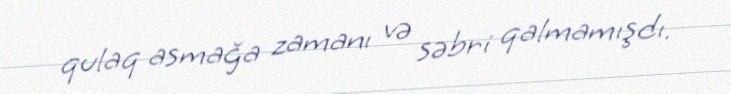
qulaq asmağa zamanı və səbri qalmamışdı.